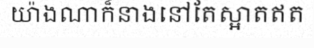
យ៉ាងណាក៏នាងនៅតែស្អាតឥត